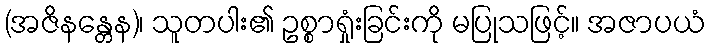
(အဇိနန္တေန)၊ သူတပါး၏ ဥစ္စာရှုံးခြင်းကို မပြုသဖြင့်။ အဇာပယံ